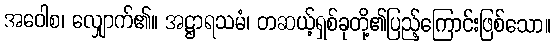
အဝေါစ၊ လျှောက်၏။ အဋ္ဌာရသမံ၊ တဆယ့်ရှစ်ခုတို့၏ပြည့်ကြောင်းဖြစ်သော။